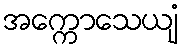
အက္ကောသေယျံ